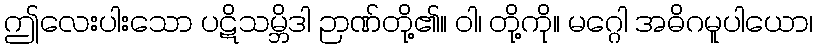
ဤလေးပါးသော ပဋိသမ္ဘိဒါ ဉာဏ်တို့၏။ ဝါ၊ တို့ကို။ မဂ္ဂေါ အဓိဂမူပါယော၊